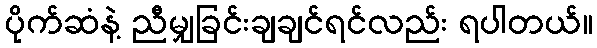
ပိုက်ဆံနဲ့ ညီမျှခြင်းချချင်ရင်လည်း ရပါတယ်။